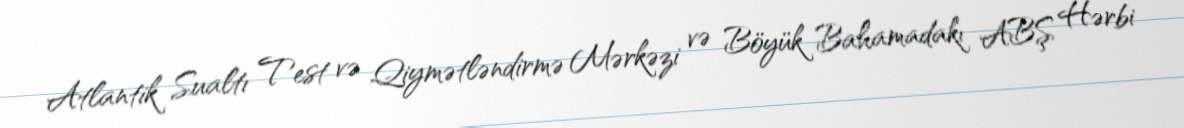
Atlantik Sualtı Test və Qiymətləndirmə Mərkəzi və Böyük Bahamadakı ABŞ Hərbi